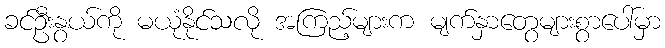
ခင်ဦးနွယ်ကို မယုံနိုင်သလို အကြည့်များက မျက်နှာတွေများစွာပေါ်မှာ